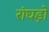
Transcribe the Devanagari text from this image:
रांघड़ो